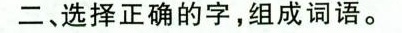
二、选择正确的字，组成词语。